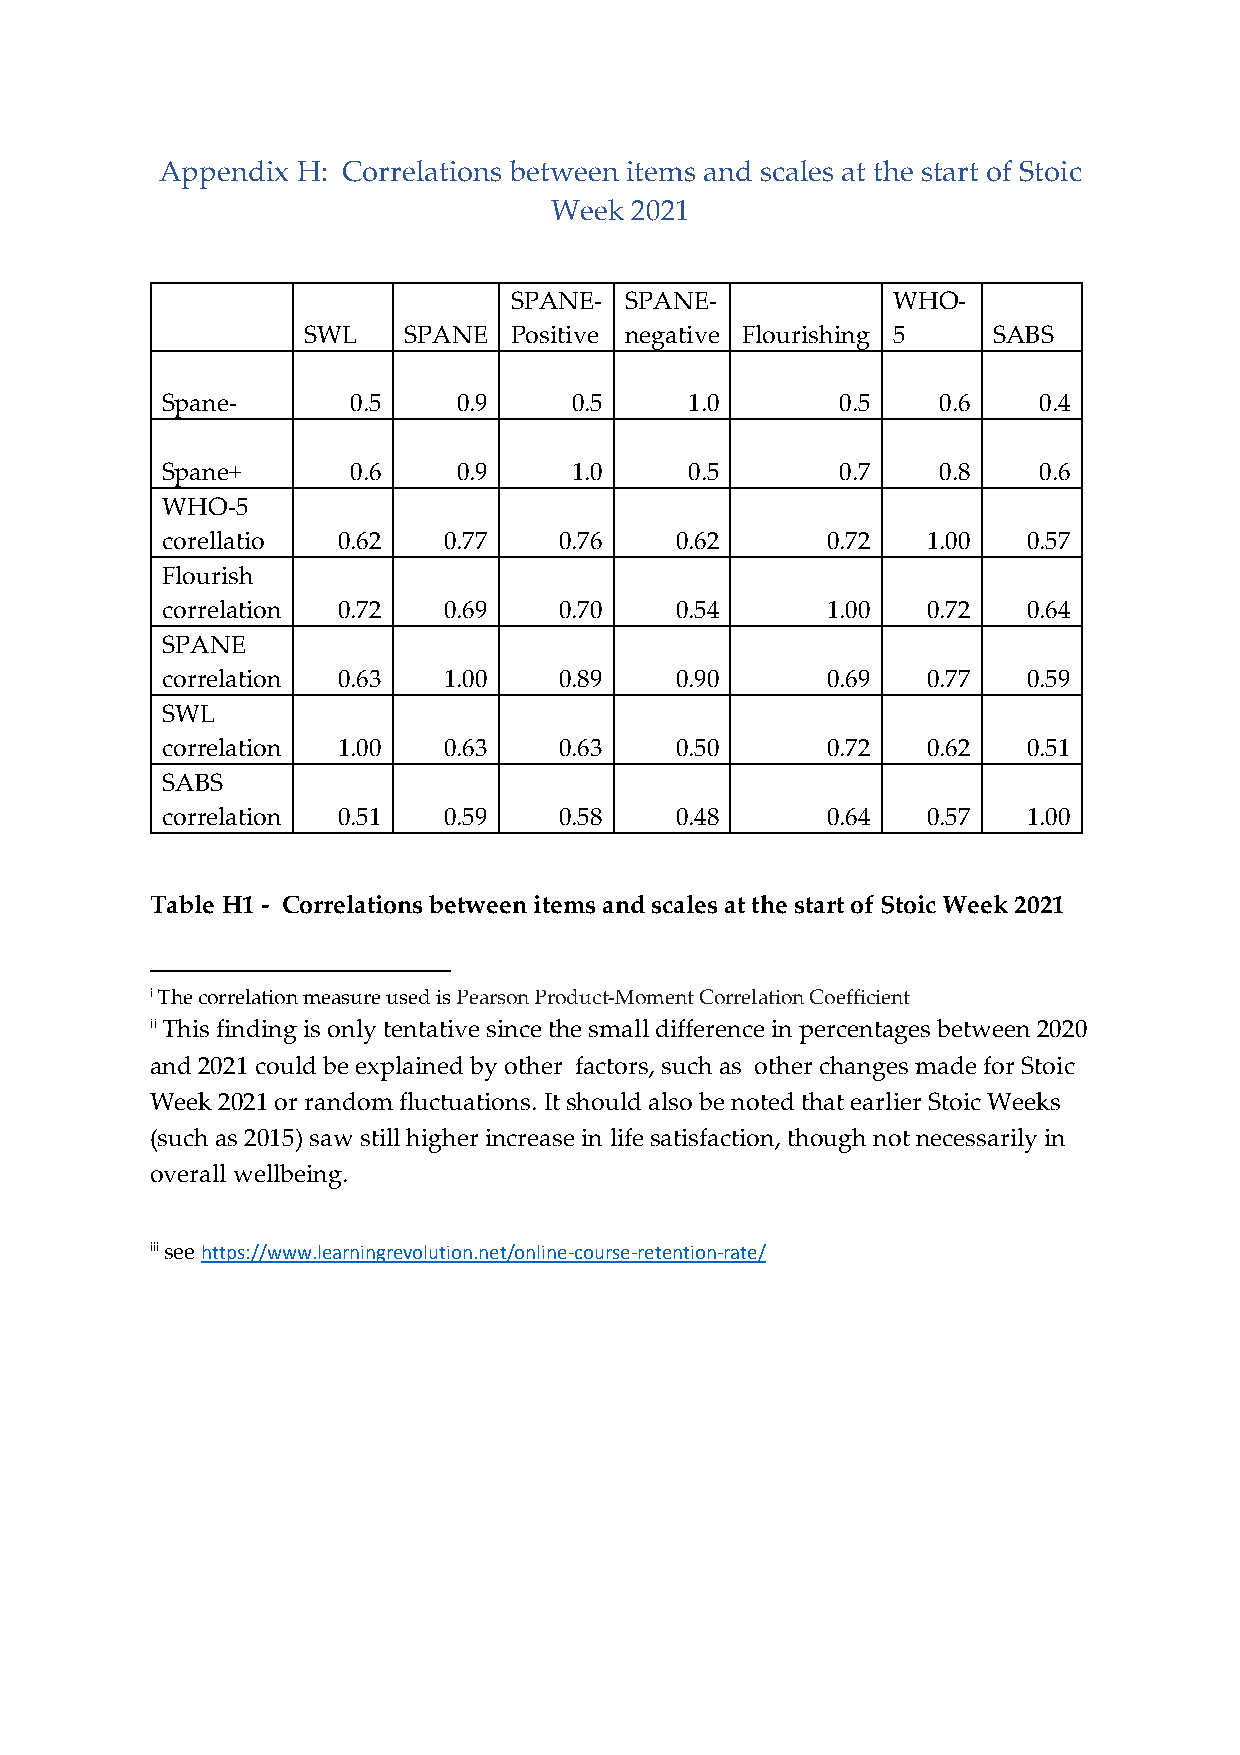
Appendix H: Correlations between items and scales at the start of Stoic
 Week  2021
 SPANE- SPANE-            WHO-
 SWL    SPANE  Positive negative Flourishing 5 SABS
 Spane-      0.5    0.9     0.5     1.0       0.5   0.6    0.4
 Spane+      0.6    0.9     1.0     0.5       0.7   0.8    0.6
 WHO-5
 corellatio 0.62   0.77    0.76    0.62      0.72  1.00   0.57
 Flourish
 correlation 0.72  0.69    0.70    0.54      1.00  0.72   0.64
 SPANE
 correlation 0.63  1.00    0.89    0.90      0.69  0.77   0.59
 SWL
 correlation 1.00  0.63    0.63    0.50      0.72  0.62   0.51
 SABS
 correlation 0.51  0.59    0.58    0.48      0.64  0.57   1.00
 Table H1 - Correlations between items and scales at the start of Stoic Week 2021
 i The correlation measure used is Pearson Product-Moment Correlation Coefficient
 ii This finding is only tentative since the small difference in percentages between 2020
 and 2021 could be explained by other factors, such as other changes made for Stoic
 Week 2021 or random fluctuations. It should also be noted that earlier Stoic Weeks
 (such as 2015) saw still higher increase in life satisfaction, though not necessarily in
 overall wellbeing.
 iii see https://www.learningrevolution.net/online-course-retention-rate/